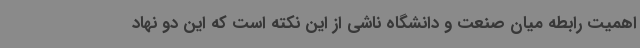
اهمیت رابطه میان صنعت و دانشگاه ناشی از این نکته است که این دو نهاد